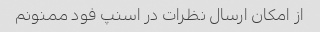
از امکان ارسال نظرات در اسنپ فود ممنونم